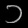
Digit: ၁